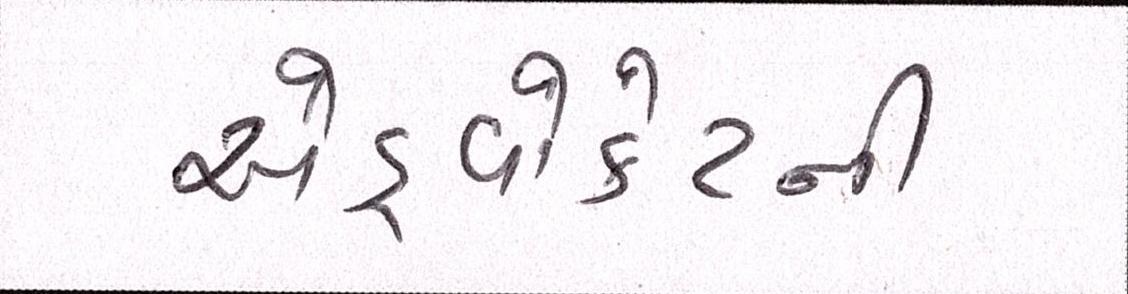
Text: એડ્વોકેટની